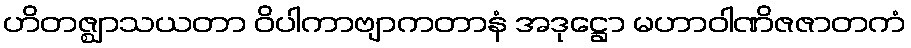
ဟိတဇ္ဈာသယတာ ဝိပါကာဗျာကတာနံ အဒုဋ္ဌော မဟာဝါဏိဇဇာတကံ